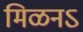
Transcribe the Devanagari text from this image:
मिळनऽ